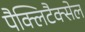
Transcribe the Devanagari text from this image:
पैक्लिटैक्सेल